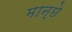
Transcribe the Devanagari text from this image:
मान्छे